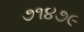
૭૧૪૭૯